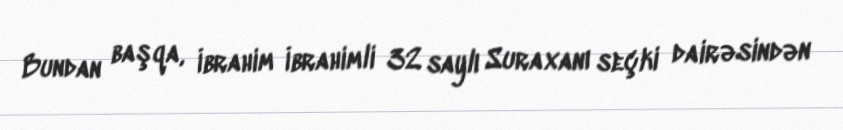
Bundan başqa, İbrahim İbrahimli 32 saylı Suraxanı seçki dairəsindən